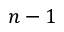
n - 1